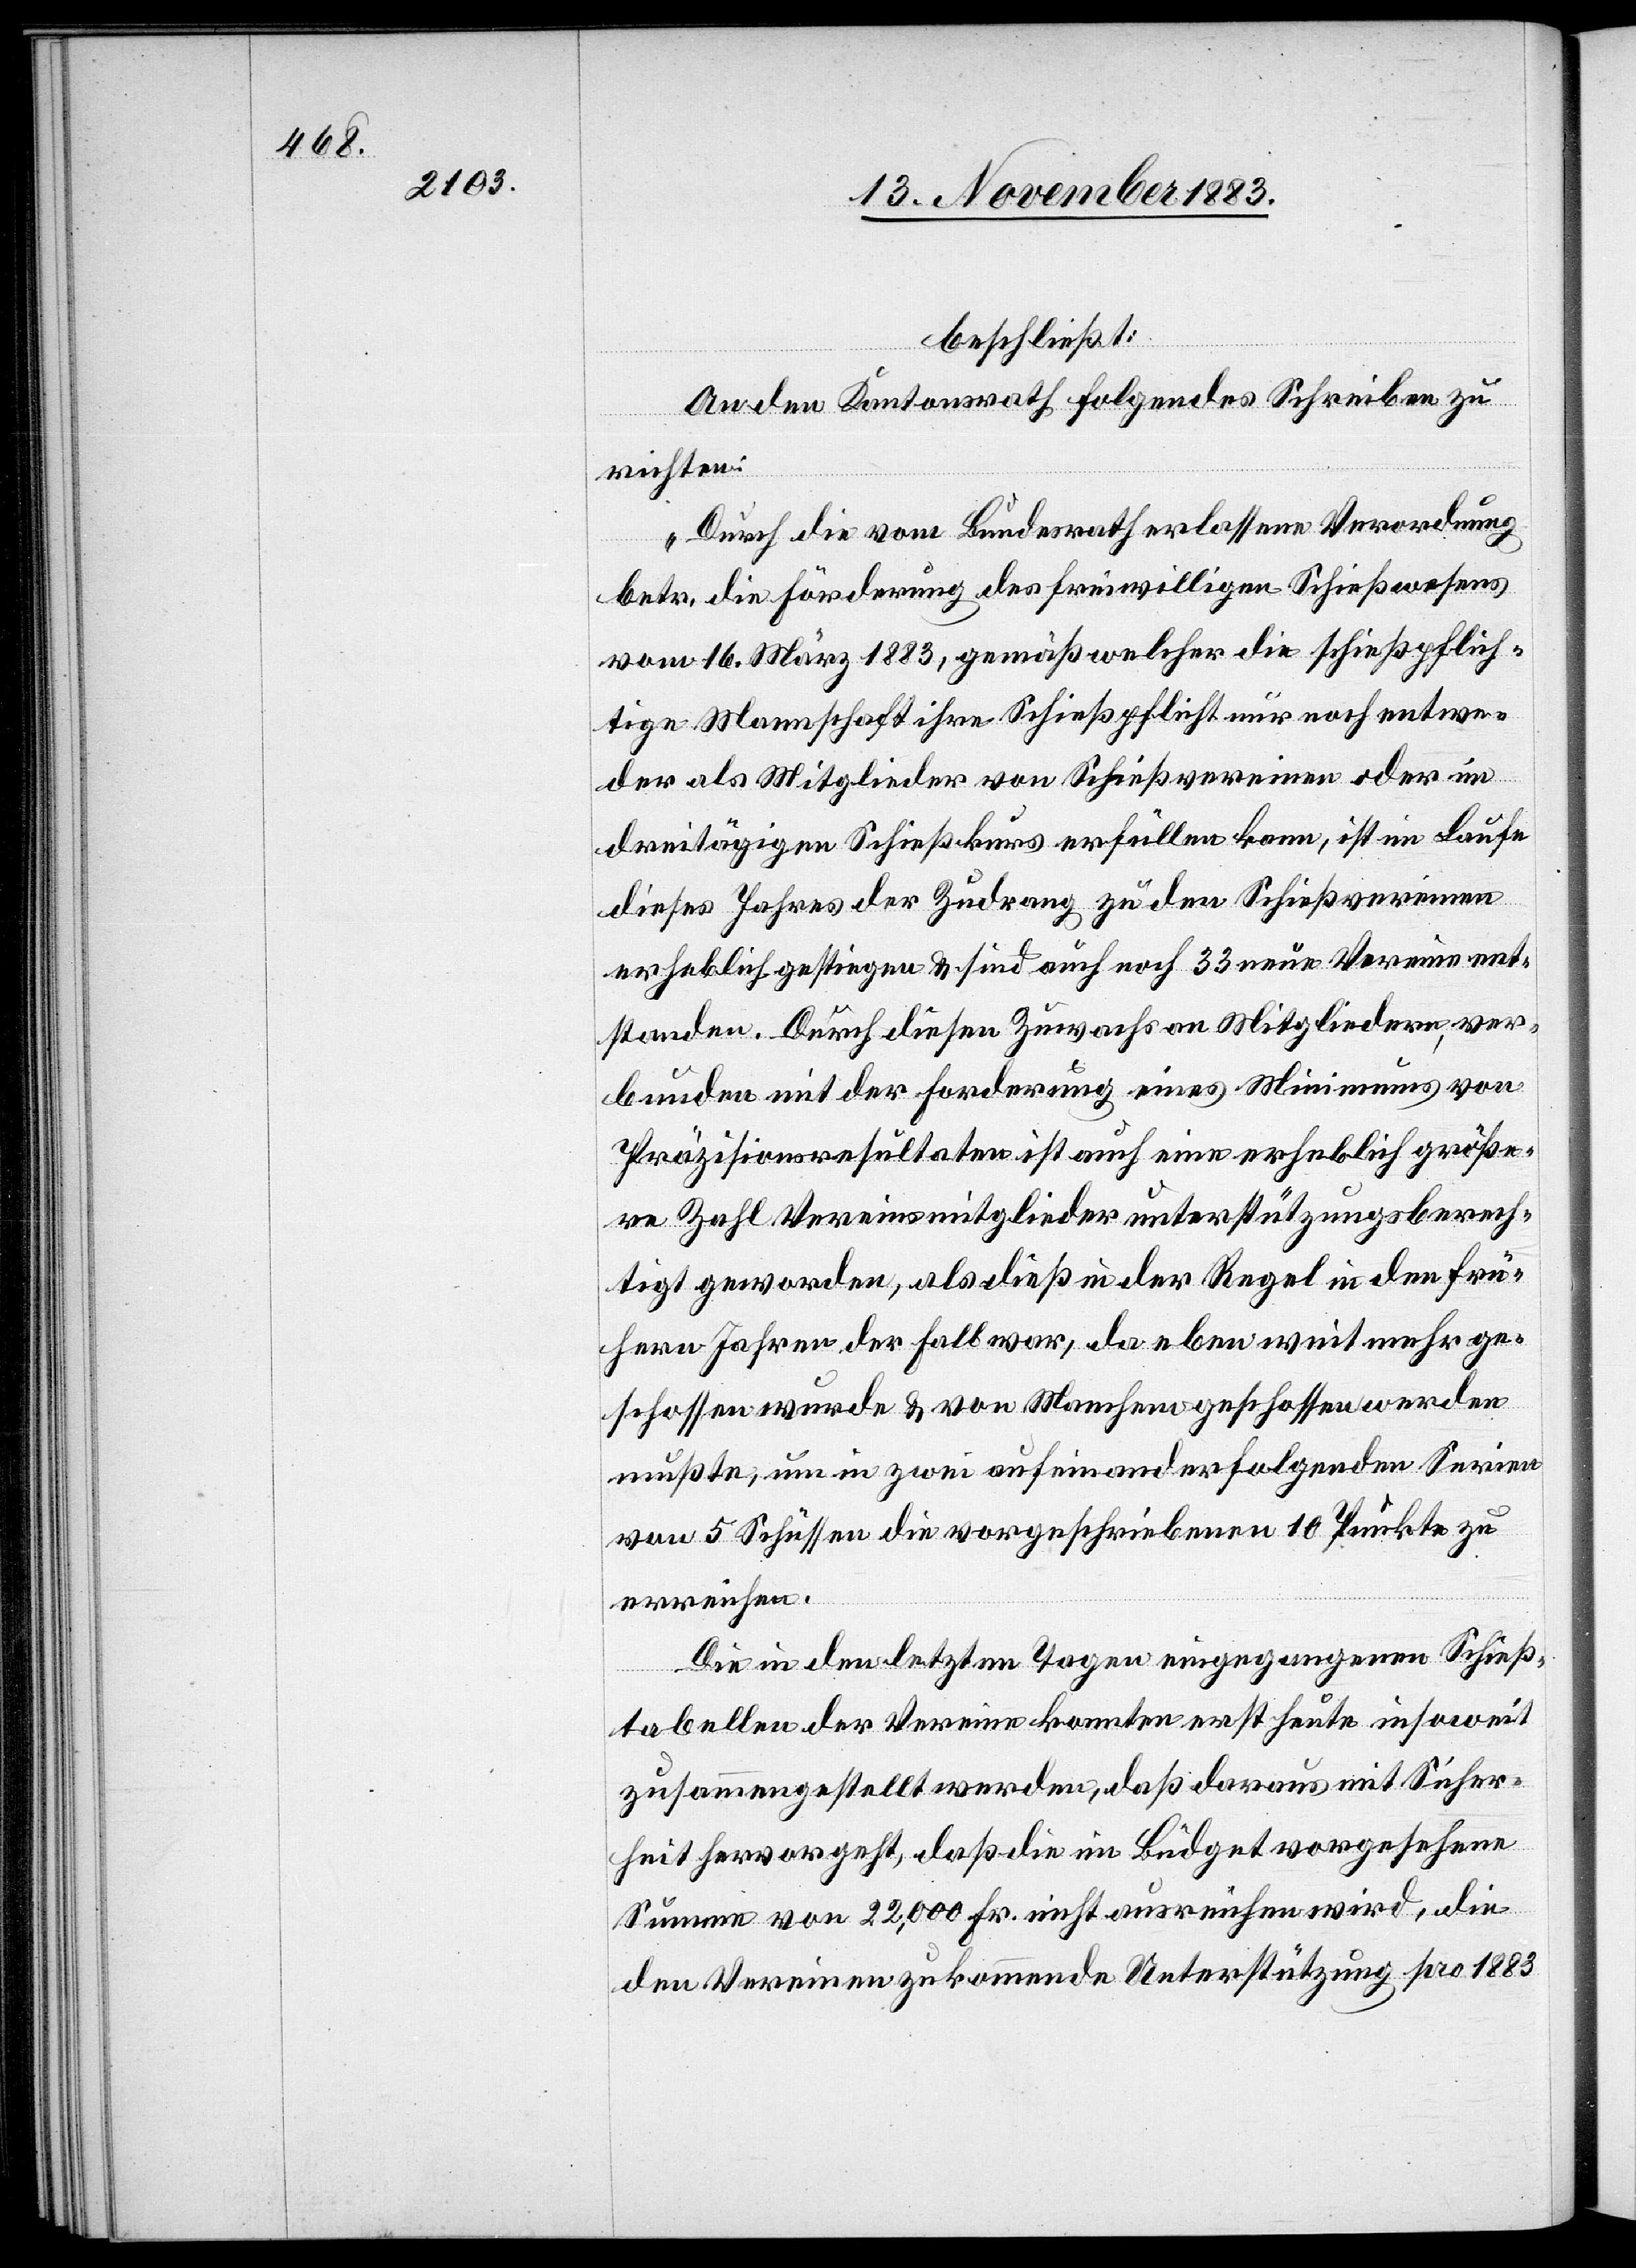
beschließt:
An den Kantonsrath folgendes Schreiben zu
richten:
„Durch die vom Bundesrath erlassene Verordnung
sen
betr. die Förderung des freiwilligen Schießwesens
vom 16. März 1883, gemäß welcher die schließpflich¬
tige Mannschaft ihre Schießpflicht nur noch entwe¬
der als Mitglieder von Schießvereinen oder im
dreitägigen Schießkurs erfüllen kann, ist im Laufe
dieses Jahres der Zudrang zu den Schießvereinen
erheblich gestiegen & sind auch noch 33 neue Vereine ent¬
standen. Durch diesen Zuwachs an Mitgliedern ver¬
bunden mit der Forderung eines Minimums von
Präzisionsresultaten ist auch eine erheblich größe¬
re Zahl Vereinsmitglieder unterstützungsberech¬
tigt geworden, als dieß in der Regel in den frü¬
hern Jahren der Fall war, da eben weit mehr ges¬
mußte, um in zwei aufeinanderfolgenden Serien
von 5 Schüssen die vorgeschriebenen 10 Punkte zu
erreichen.
Die in den letzten Tagen eingegangenen Schieß¬
tabellen der Vereine konnten erst heute insoweit
zusammengestellt werden, daß daraus mit Sicher¬
heit hervorgeht, daß die im Büdget vorgesehene
Summe von 22,000 Fr. nicht ausreichen wird, die
den Vereinen zukommende Unterstützung pro 1883